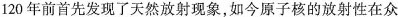
120年前首先发现了天然放射现象，如今原子核的放射性在众